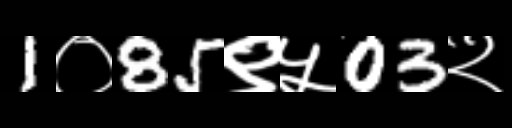
Text: 1०85९५03२